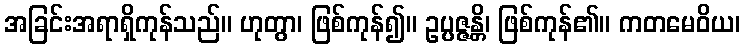
အခြင်းအရာရှိကုန်သည်။ ဟုတွာ၊ ဖြစ်ကုန်၍။ ဥပ္ပဇ္ဇန္တိ၊ ဖြစ်ကုန်၏။ ကတမေဝိယ၊